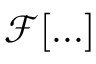
\mathcal { F } [ . . . ]